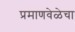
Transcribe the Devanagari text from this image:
प्रमाणवेळेचा